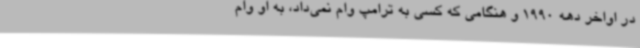
در اواخر دهه 1990 و هنگامی که کسی به ترامپ وام نمی‌داد، به او وام